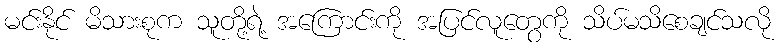
မင်းနိုင် မိသားစုက သူတို့ရဲ့ အကြောင်းကို အပြင်လူတွေကို သိပ်မသိစေချင်သလို